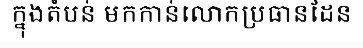
ក្នុងតំបន់ មកកាន់លោកប្រធានដែន